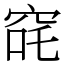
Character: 䆛